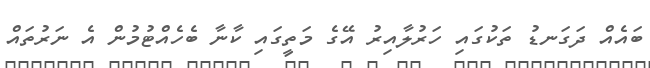
ބައެއް ދަގަނޑު ތަކުގައި ހަރުލާއިރު އޭގެ މަތީގައި ކާނާ ބެހެއްޓުމުން އެ ނަރުތައް